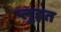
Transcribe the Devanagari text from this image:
प्लुइत